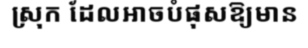
ស្រុក ដែលអាចបំផុសឱ្យមាន